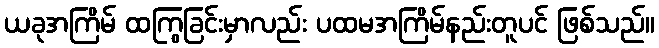
ယခုအကြိမ် ထကြွခြင်းမှာလည်း ပထမအကြိမ်နည်းတူပင် ဖြစ်သည်။